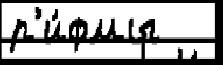
р'и́фмы